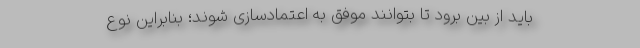
باید از بین برود تا بتوانند موفق به اعتمادسازی شوند؛ بنابراین نوع